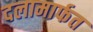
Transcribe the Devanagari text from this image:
दलामार्फत